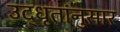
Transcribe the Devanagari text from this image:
उद्‌धृतांनुसार